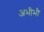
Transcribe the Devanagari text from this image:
अभीभी